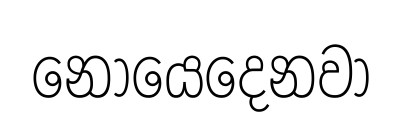
නොයෙදෙනවා